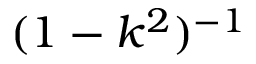
( 1 - k ^ { 2 } ) ^ { - 1 }